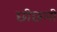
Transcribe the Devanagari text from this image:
छीछली